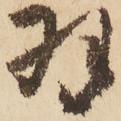
羽